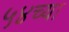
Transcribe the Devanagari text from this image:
५४च्या